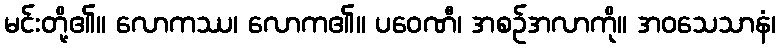
မင်းတို့၏။ လောကဿ၊ လောက၏။ ပဝေဏီ၊ အစဉ်အလာကို။ အဝသေသာနံ၊